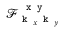
\mathcal { F } _ { \texttt { k } _ { x } \texttt { k } _ { y } } ^ { \, \texttt { x y } }